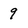
Character: 9